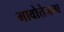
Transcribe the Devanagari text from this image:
भावोत्तेजना